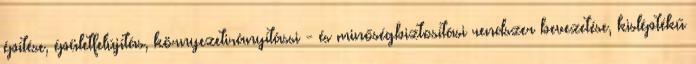
építése, épületfelújítás, környezetirányítássi - és minőségbiztosítási rendszer bevezetése, kisléptékű